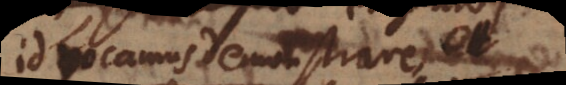
id vocamus demonstrare,